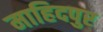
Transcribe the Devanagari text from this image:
माहिदपुर